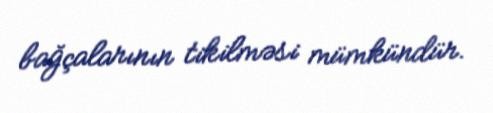
bağçalarının tikilməsi mümkündür.